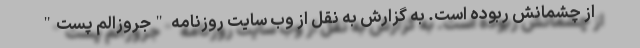
از چشمانش ربوده است. به گزارش به نقل از وب سایت روزنامه "جروزالم پست"